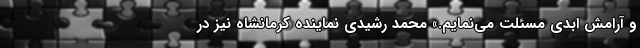
و آرامش ابدی مسئلت می‌نمایم.» محمد رشیدی نماینده کرمانشاه نیز در